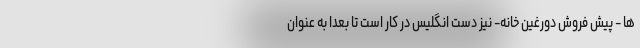
ها - پیش فروش دورغین خانه- نیز دست انگلیس در کار است تا بعدا به عنوان